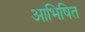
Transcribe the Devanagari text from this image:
आभिषित